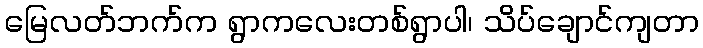
မြေလတ်ဘက်က ရွာကလေးတစ်ရွာပါ၊ သိပ်ချောင်ကျတာ